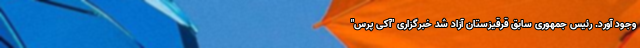
وجود آورد. رئیس جمهوری سابق قرقیزستان آزاد شد خبرگزاری "آکی پرس"